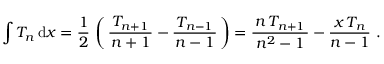
\int T _ { n } \, \mathrm { d } x = { \frac { 1 } { 2 } } \, \left( \, { \frac { \, T _ { n + 1 } \, } { n + 1 } } - { \frac { \, T _ { n - 1 } \, } { n - 1 } } \, \right) = { \frac { \, n \, T _ { n + 1 } \, } { n ^ { 2 } - 1 } } - { \frac { \, x \, T _ { n } \, } { n - 1 } } ~ .